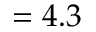
= 4 . 3